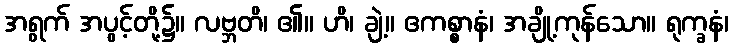
အရွက် အပွင့်တို့၌။ လဗ္ဘတိ၊ ၏။ ဟိ၊ ချဲ့။ ဧကစ္စာနံ၊ အချို့ကုန်သော။ ရုက္ခနံ၊